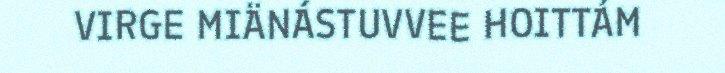
VIRGE MIÄNÁSTUVVEE HOITTÁM